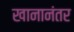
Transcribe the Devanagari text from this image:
खानानंतर